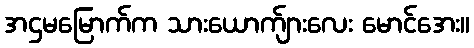
အဌမမြောက်က သားယောက်ျားလေး မောင်အေး။